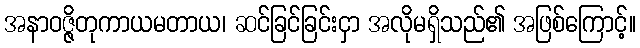
အနာဝဇ္ဇိတုကာယမတာယ၊ ဆင်ခြင်ခြင်းငှာ အလိုမရှိသည်၏ အဖြစ်ကြောင့်။